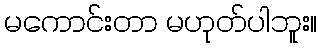
မကောင်းတာ မဟုတ်ပါဘူး။